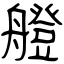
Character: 艠